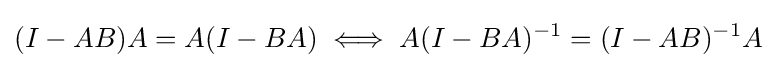
(I-AB)A=A(I-BA)\iff A(I-BA)^{-1}=(I-AB)^{-1}A